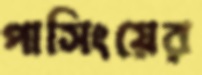
পাসিংয়ের